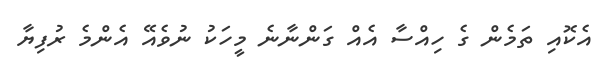
އެކޮއި ތަމެން ގެ ހިއްސާ އެއް ގަންނާނެ މީހަކު ނުވެއޭ އެންމެ ރުފިޔާ